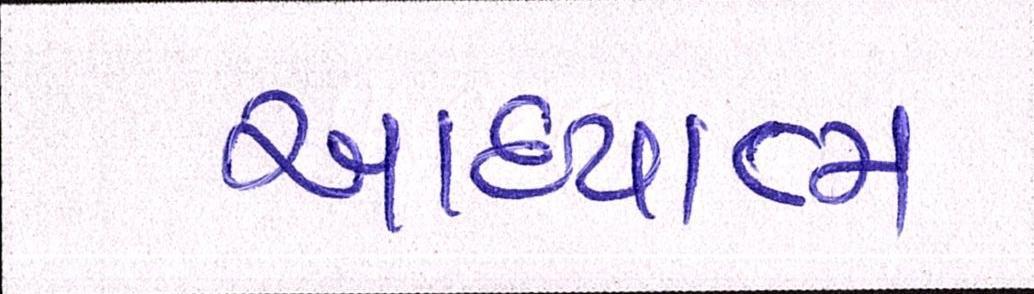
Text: આધ્યાત્મ